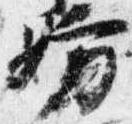
妨